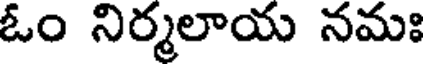
ఓం నిర్మలాయ నమః